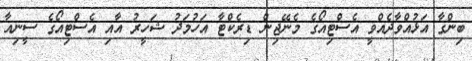
ބިންގާ އަޅުއްވާދެއްވީ އެސްޓިއޯގެ މެނޭޖިން ޑިރެކްޓާ އަހުމަދު ޝަހީރު އާއި އެސްޓިއޯގެ ސީނިއާ